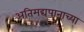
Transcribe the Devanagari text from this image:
अतिमद्यपानाच्या